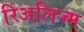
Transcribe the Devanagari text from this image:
रिअलिज्म